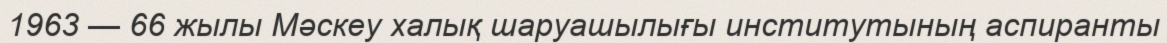
1963 — 66 жылы Мәскеу халық шаруашылығы институтының аспиранты